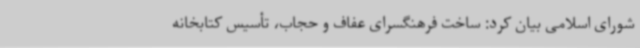
شورای اسلامی بیان کرد: ساخت فرهنگسرای عفاف و حجاب، تأسیس کتابخانه